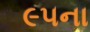
૯૫ના